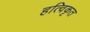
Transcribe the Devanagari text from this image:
हत्विकृत